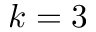
k = 3